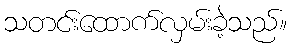
သတင်းထောက်လှမ်းခဲ့သည်။